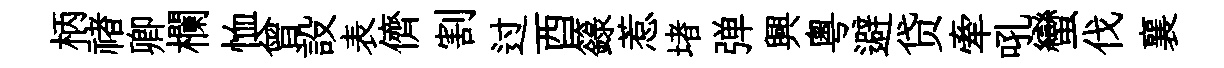
柄禇卿欄恤曾設表儕割过酉籙惹堵弹興粵避贷牽吼蠻伐襄